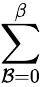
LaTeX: \sum_{\mathcal{B}=0}^{\beta}